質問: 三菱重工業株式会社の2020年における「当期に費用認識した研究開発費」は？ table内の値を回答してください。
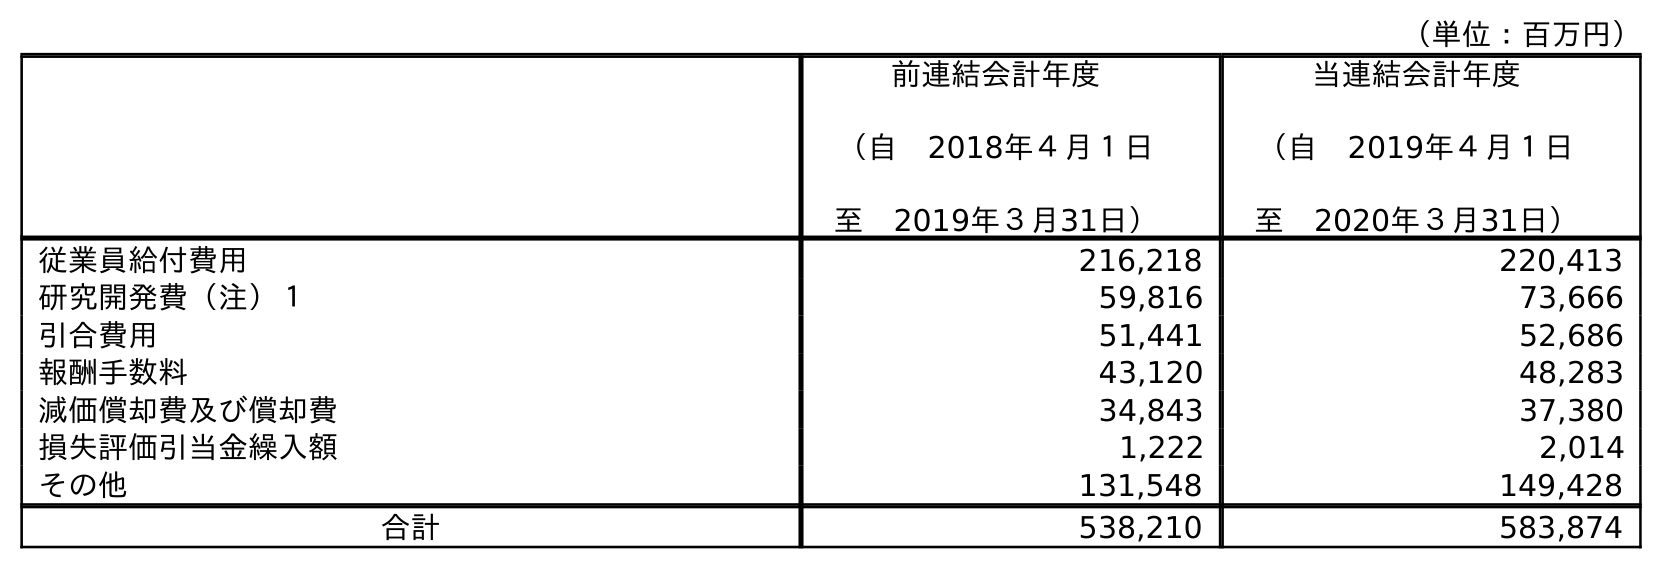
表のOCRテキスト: （単位：百万円） 前連結会計年度 （自 2018年４月１日 至 2019年３月31日） 当連結会計年度 （自 2019年４月１日 至 2020年３月31日） 従業員給付費用 216,218 220,413 研究開発費（注）１ 59,816 73,666 引合費用 51,441 52,686 報酬手数料 43,120 48,283 減価償却費及び償却費 34,843 37,380 損失評価引当金繰入額 1,222 2,014 その他 131,548 149,428 合計 538,210 583,874
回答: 73,666